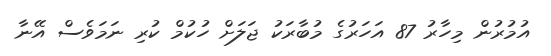
އުމުރުން މިހާރު 87 އަހަރުގެ މުބާރަކު ޖަލަށް ހުކުމް ކުރި ނަމަވެސް އޭނާ